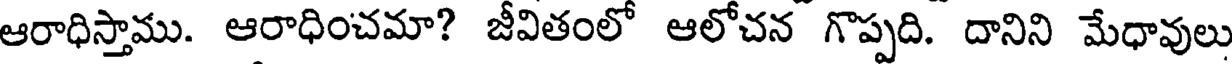
ఆరాధిస్తాము. ఆరాధించమా? జీవితంలో ఆలోచన గొప్పది. దానిని మేధావులు